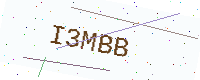
Text: I3MBB